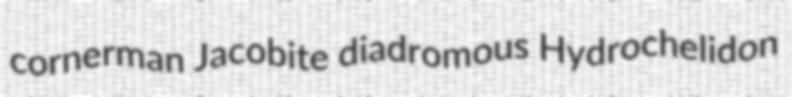
cornerman Jacobite diadromous Hydrochelidon